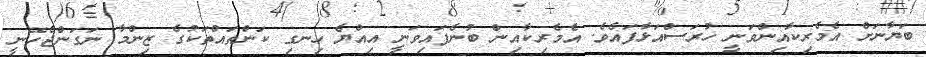
ބަޔާނަށް އެމެރިކާއިންވަނީ ހުރަސްއަޅާފައެވެ. އެމެރިކާއިން ބުނެފައިވަނީ އިއްޔެ ހިނގި ކަންތައްތަކުގެ ޒިންމާ ނަގަންޖެހޭނީ